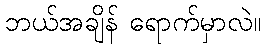
ဘယ်အချိန် ရောက်မှာလဲ။